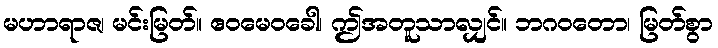
မဟာရာဇ၊ မင်းမြတ်။ ဧဝမေဝခေါ၊ ဤအတူသာလျှင်။ ဘဂဝတော၊ မြတ်စွာ